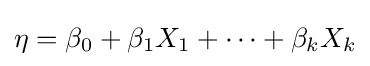
\eta =\beta _{0}+\beta _{1}X_{1}+\cdots +\beta _{k}X_{k}